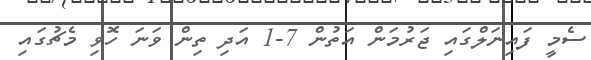
ސެމީ ފައިނަލްގައި ޖަރުމަން އަތުން 7-1 އަދި ތިން ވަނަ ހޮވި މެޗުގައި